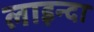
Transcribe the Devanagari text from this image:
लाइन्दा